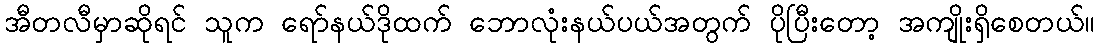
အီတလီမှာဆိုရင် သူက ရော်နယ်ဒိုထက် ဘောလုံးနယ်ပယ်အတွက် ပိုပြီးတော့ အကျိုးရှိစေတယ်။